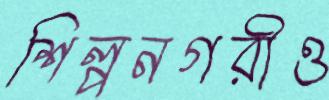
শিল্পনগরীও